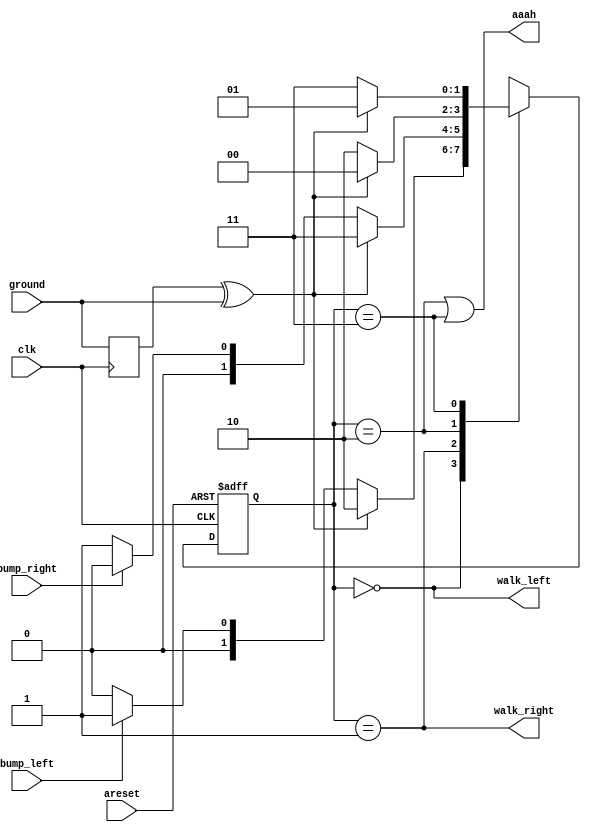
module top_module(
    input clk,
    input areset,    // Freshly brainwashed Lemmings walk left.
    input bump_left,
    input bump_right,
    input ground,
    output walk_left,
    output walk_right,
    output aaah ); 
    
  
  //
  //LF-
  //RT-
  //LFD-
  //RTD-
  
    parameter LF=0,RT=1,LFD=2,RTD=3;
    reg [1:0] state, next_state;
    reg ground1;
    
    always@(posedge clk or posedge areset)
        begin
            if(areset)
                state <= LF;
            else
                state <= next_state;
        end
   
  //groundground1ground
  
    always@(posedge clk) ground1<=ground;
    
    
    always@(*)
        begin
            case(state)
                //LF: next_state=bump_left?RT:((ground1^ground)?LFD:LF); 
                //RT: next_state=bump_right?LF:((ground1^ground)?RTD:RT); 
                //aaah
                //
              
                LF: next_state=(ground1^ground)?LFD:(bump_left?RT:LF);
                RT: next_state=(ground1^ground)?RTD:(bump_right?LF:RT);
                LFD: next_state=(ground1^ground)?LF:LFD;
                RTD: next_state=(ground1^ground)?RT:RTD;
            endcase
        end
    
    assign walk_left=(state==LF);
    assign walk_right=(state==RT);
    assign aaah=(state==LFD)|(state==RTD);

endmodule